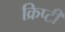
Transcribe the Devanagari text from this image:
क्रिप्टी